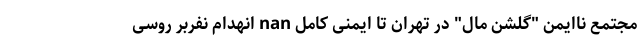
مجتمع ناایمن "گلشن مال" در تهران تا ایمنی کامل nan انهدام نفربر روسی